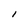
Character: l